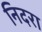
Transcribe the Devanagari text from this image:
निदरा